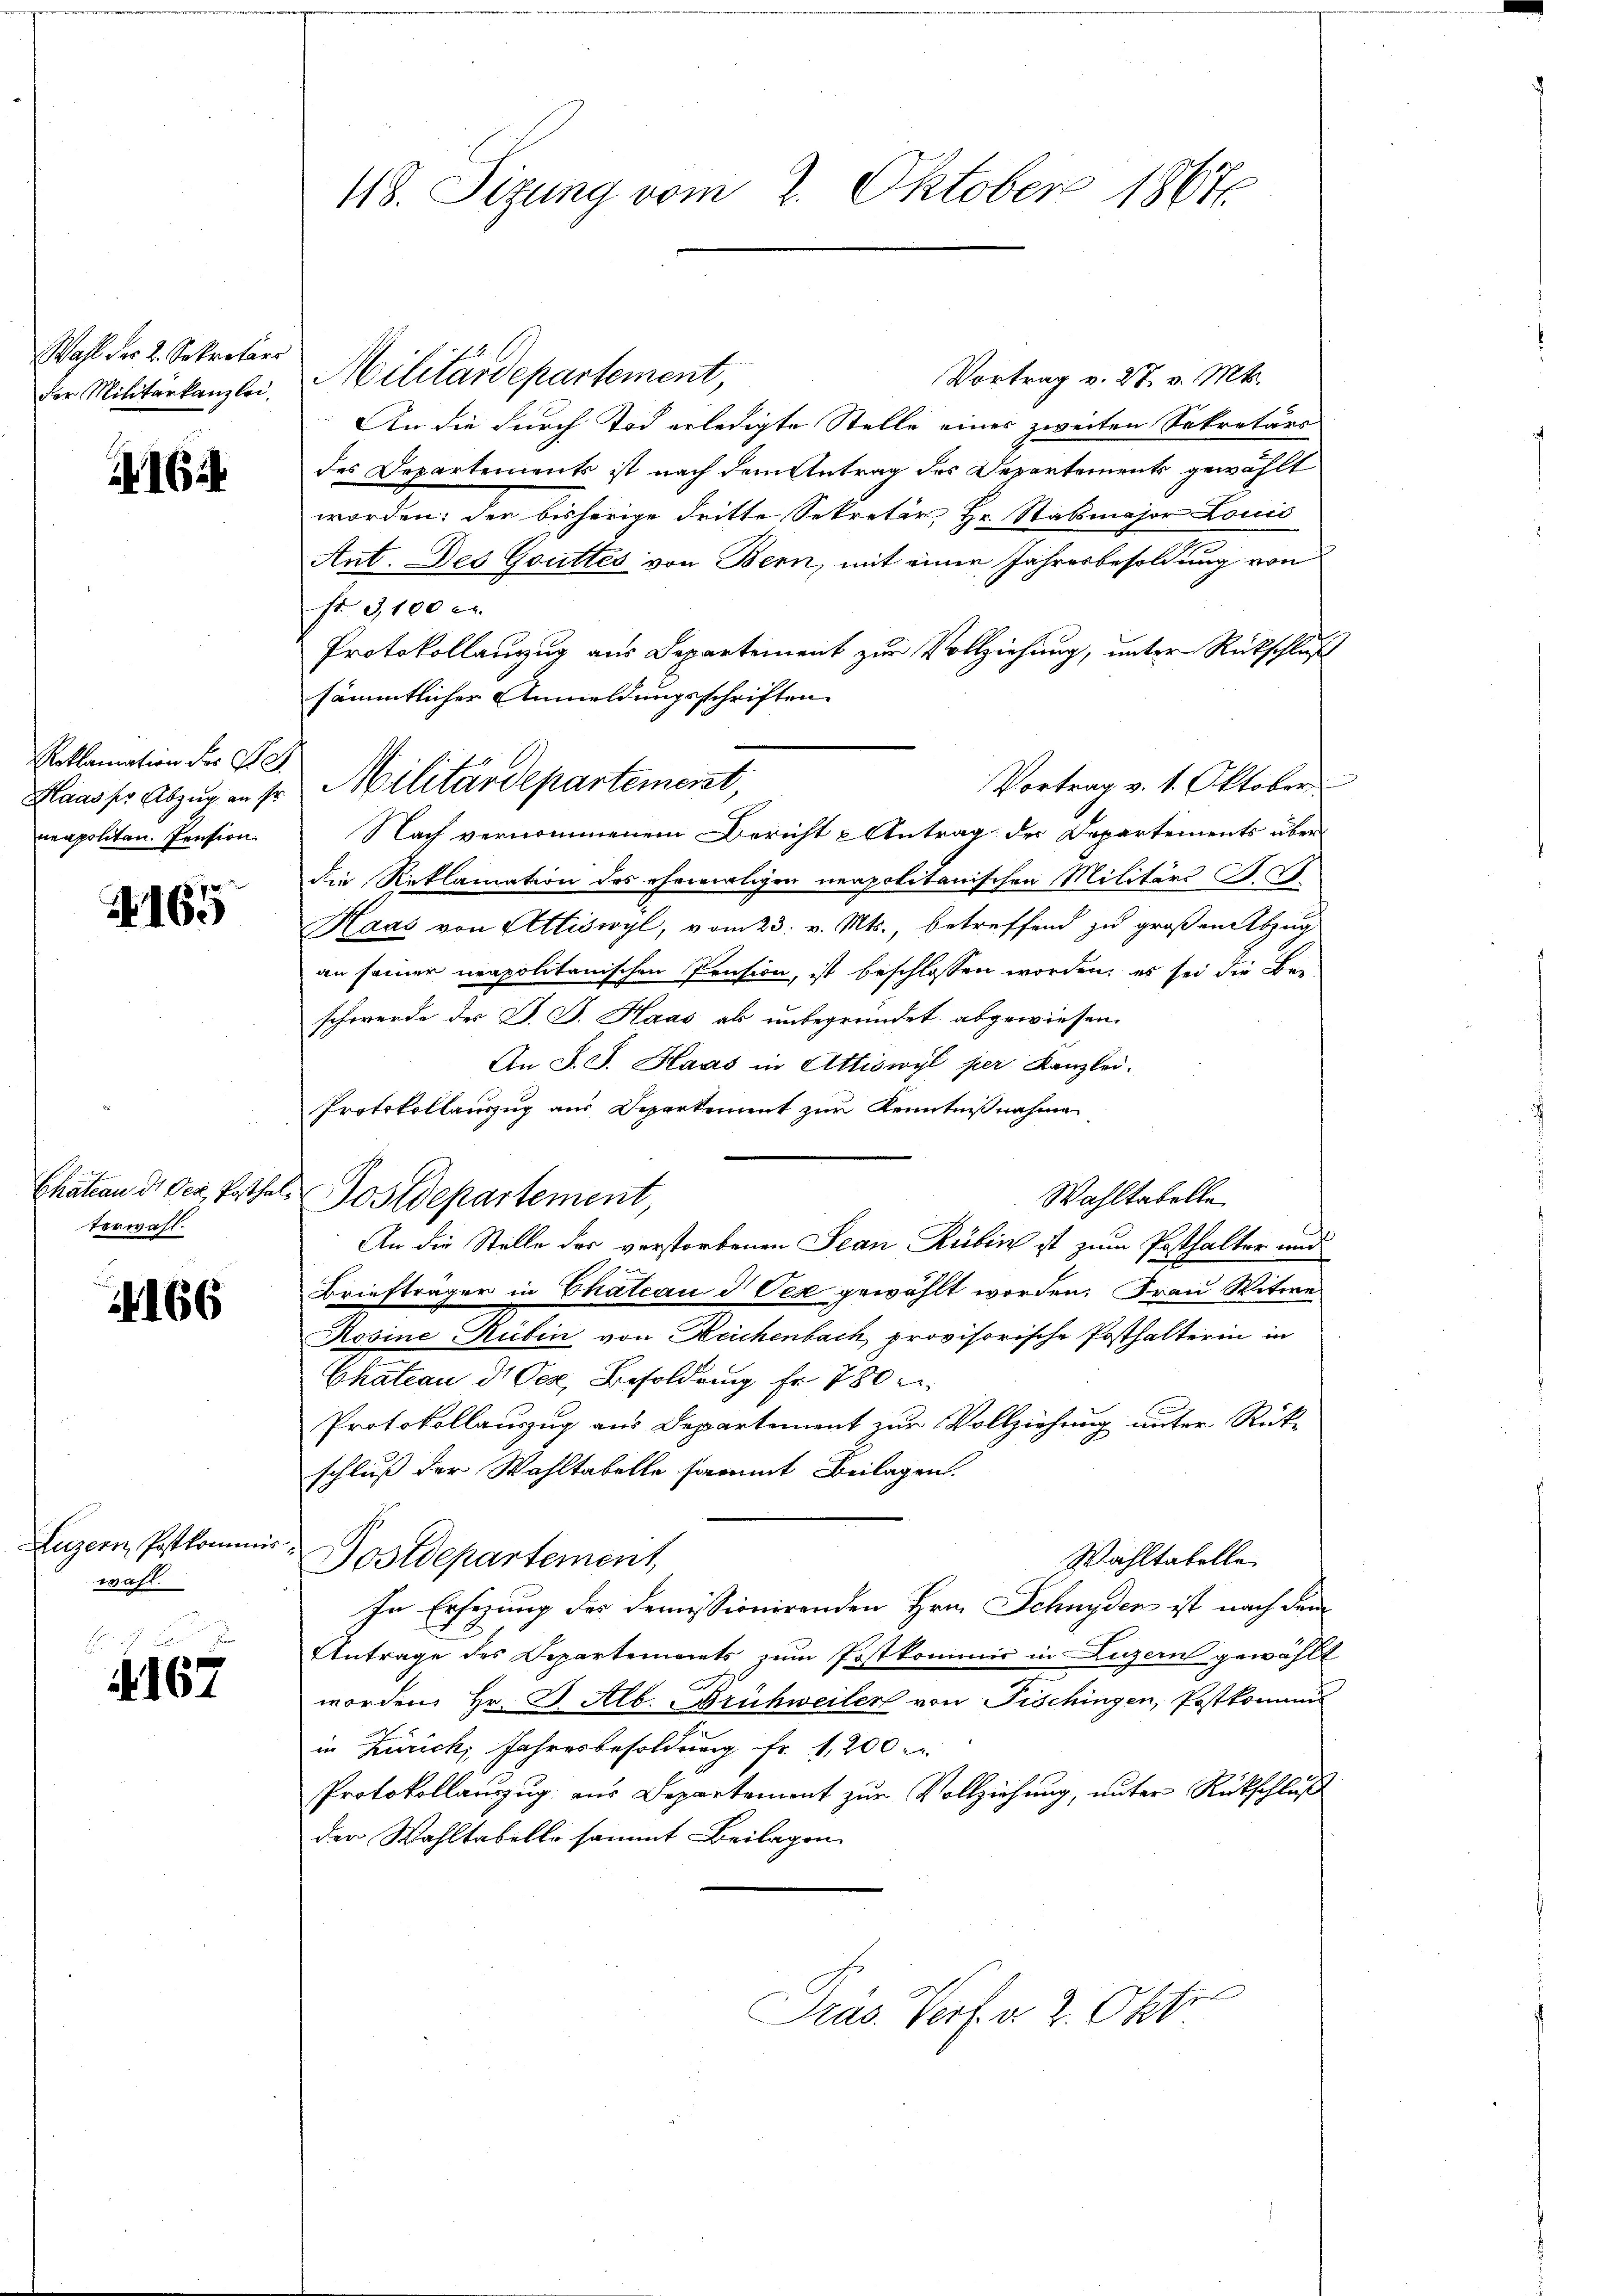
Wahl der 2. Sekretärs

164

Roklamation der Ge
neapolitan. Pension.

A 165

terwahl.

4166

Luzern, Postkomm
wahl.

4167

418. Sizung vom 2. Oktober 1864.

Vortrag v. 27. v. Mts.
der Militärkanzlei, Militärdepartement,
An die durch Tod erledigte Stelle eines zweiten Sekretärs
des Departements ist nach dem Antrag des Departement gewählt
worden; der bisherige dritte Sekretär Hr. Stabsmajor Louis
Ant. Des Gouttés von Bern, mit einer Jahresbesoldung von
ft. G,100 er
Protokollanzug aus Departement zur Vollziehung, unter Rückschluß
sämmtlicher Anmeldungsschriften
Vortrag v. 1. Oktober
Haasse Abzug in sr Militärdepartement,
Nach vernommenem Bericht u Antrag der Departements über
die Reklamation des ehemaligen neapolitanischen Militärs F. L.
Haas von Attiswyl, vom 23. v. Mts., betreffend zu großen Abzug
an seiner neapolitanischen Prusion, ist beschlossen worden; es sei die Bei-
schwerde des J. J. Haas als unbegründet abgewiesen.
An J. J. Haas in Attiswyl per Kanzlei.
Protokollauszug aus Departement zur Kenntnißnahme
Chätern de der Erthel Postdepartement,
Wahltabelle.
An die Stelle des verstorbenen Jean Rubin ist zum Posthalter und
Briefträger in Chateau d Pex gewählt worden. Frau Witwe
Rosine Rubin von Reichenbach, provisorische Posthalterin in
Chateau d. Der Besoldung fr. 780 u
Protokollauszug aus Departement zur Vollziehung unter Rückschluß der Wahltabelle sammt Beilagen.
Postdepartement,
Wahltabelle.
In Ersezung des demissionirenden Hrn. Schnyder ist nach dem
Antrage des Departements zum Postkommis in Luzern gewählt
worden, Hr. J. Alb. Frühweiler von Fischingen, Postkommis
in Zürich, Jahresbesoldung fr. 1,200
Protokollauszug aus Departement zur Vollziehung, unter Rückschluß
der Wahltabelle sammt Beilagen
n

Pras. Verf. v. 2. Okt.